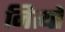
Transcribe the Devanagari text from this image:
नित्यो